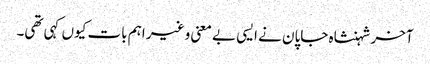
آخر شہنشاہ جاپان نے ایسی بے معنی و غیر اہم بات کیوں کہی تھی۔